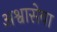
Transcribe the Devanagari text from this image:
अश्वासेवा